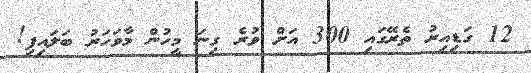
12 ގަޑިއިރު ތެރޭގައި 300 އަށް ވުރެ ގިނަ މީހުން މާވަހަރު ބަލައިފި!